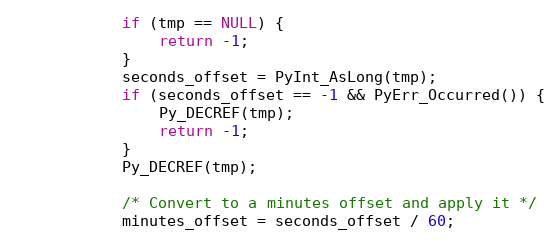
Language: C
            if (tmp == NULL) {
                return -1;
            }
            seconds_offset = PyInt_AsLong(tmp);
            if (seconds_offset == -1 && PyErr_Occurred()) {
                Py_DECREF(tmp);
                return -1;
            }
            Py_DECREF(tmp);

            /* Convert to a minutes offset and apply it */
            minutes_offset = seconds_offset / 60;